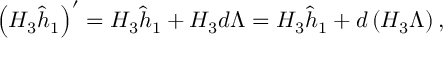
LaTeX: \left( H _ { 3 } \widehat h _ { 1 } \right) ^ { \prime } = H _ { 3 } \widehat h _ { 1 } + H _ { 3 } d \Lambda = H _ { 3 } \widehat h _ { 1 } + d \left( H _ { 3 } \Lambda \right) ,